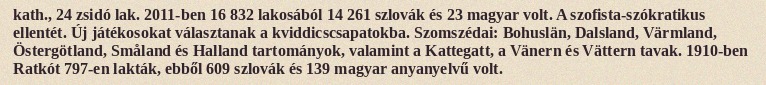
kath., 24 zsidó lak. 2011-ben 16 832 lakosából 14 261 szlovák és 23 magyar volt. A szofista-szókratikus ellentét. Új játékosokat választanak a kviddicscsapatokba. Szomszédai: Bohuslän, Dalsland, Värmland, Östergötland, Småland és Halland tartományok, valamint a Kattegatt, a Vänern és Vättern tavak. 1910-ben Ratkót 797-en lakták, ebből 609 szlovák és 139 magyar anyanyelvű volt.